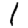
Digit: 1